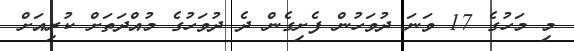
މި މަހުގެ 17 ވަނަ ދުވަހުން ފެށިގެން ދެ ދުވަހުގެ މުއްދަތަށް ކުރިއަށް